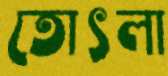
তোৎলা